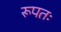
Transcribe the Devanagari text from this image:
रूपतः